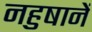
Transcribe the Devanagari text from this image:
नहुषानें